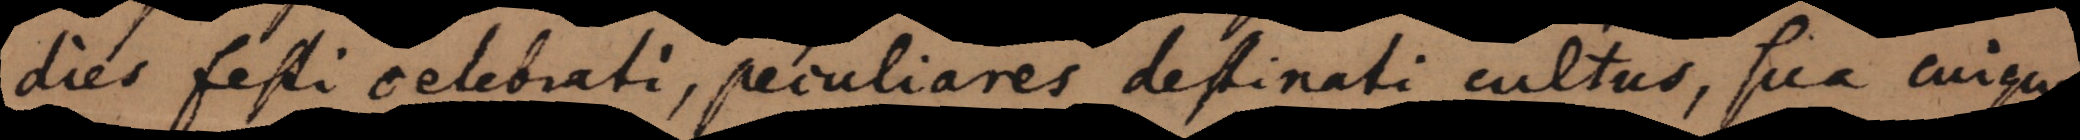
Dies festi celebrati, peculiares destinati cultus, sua quo